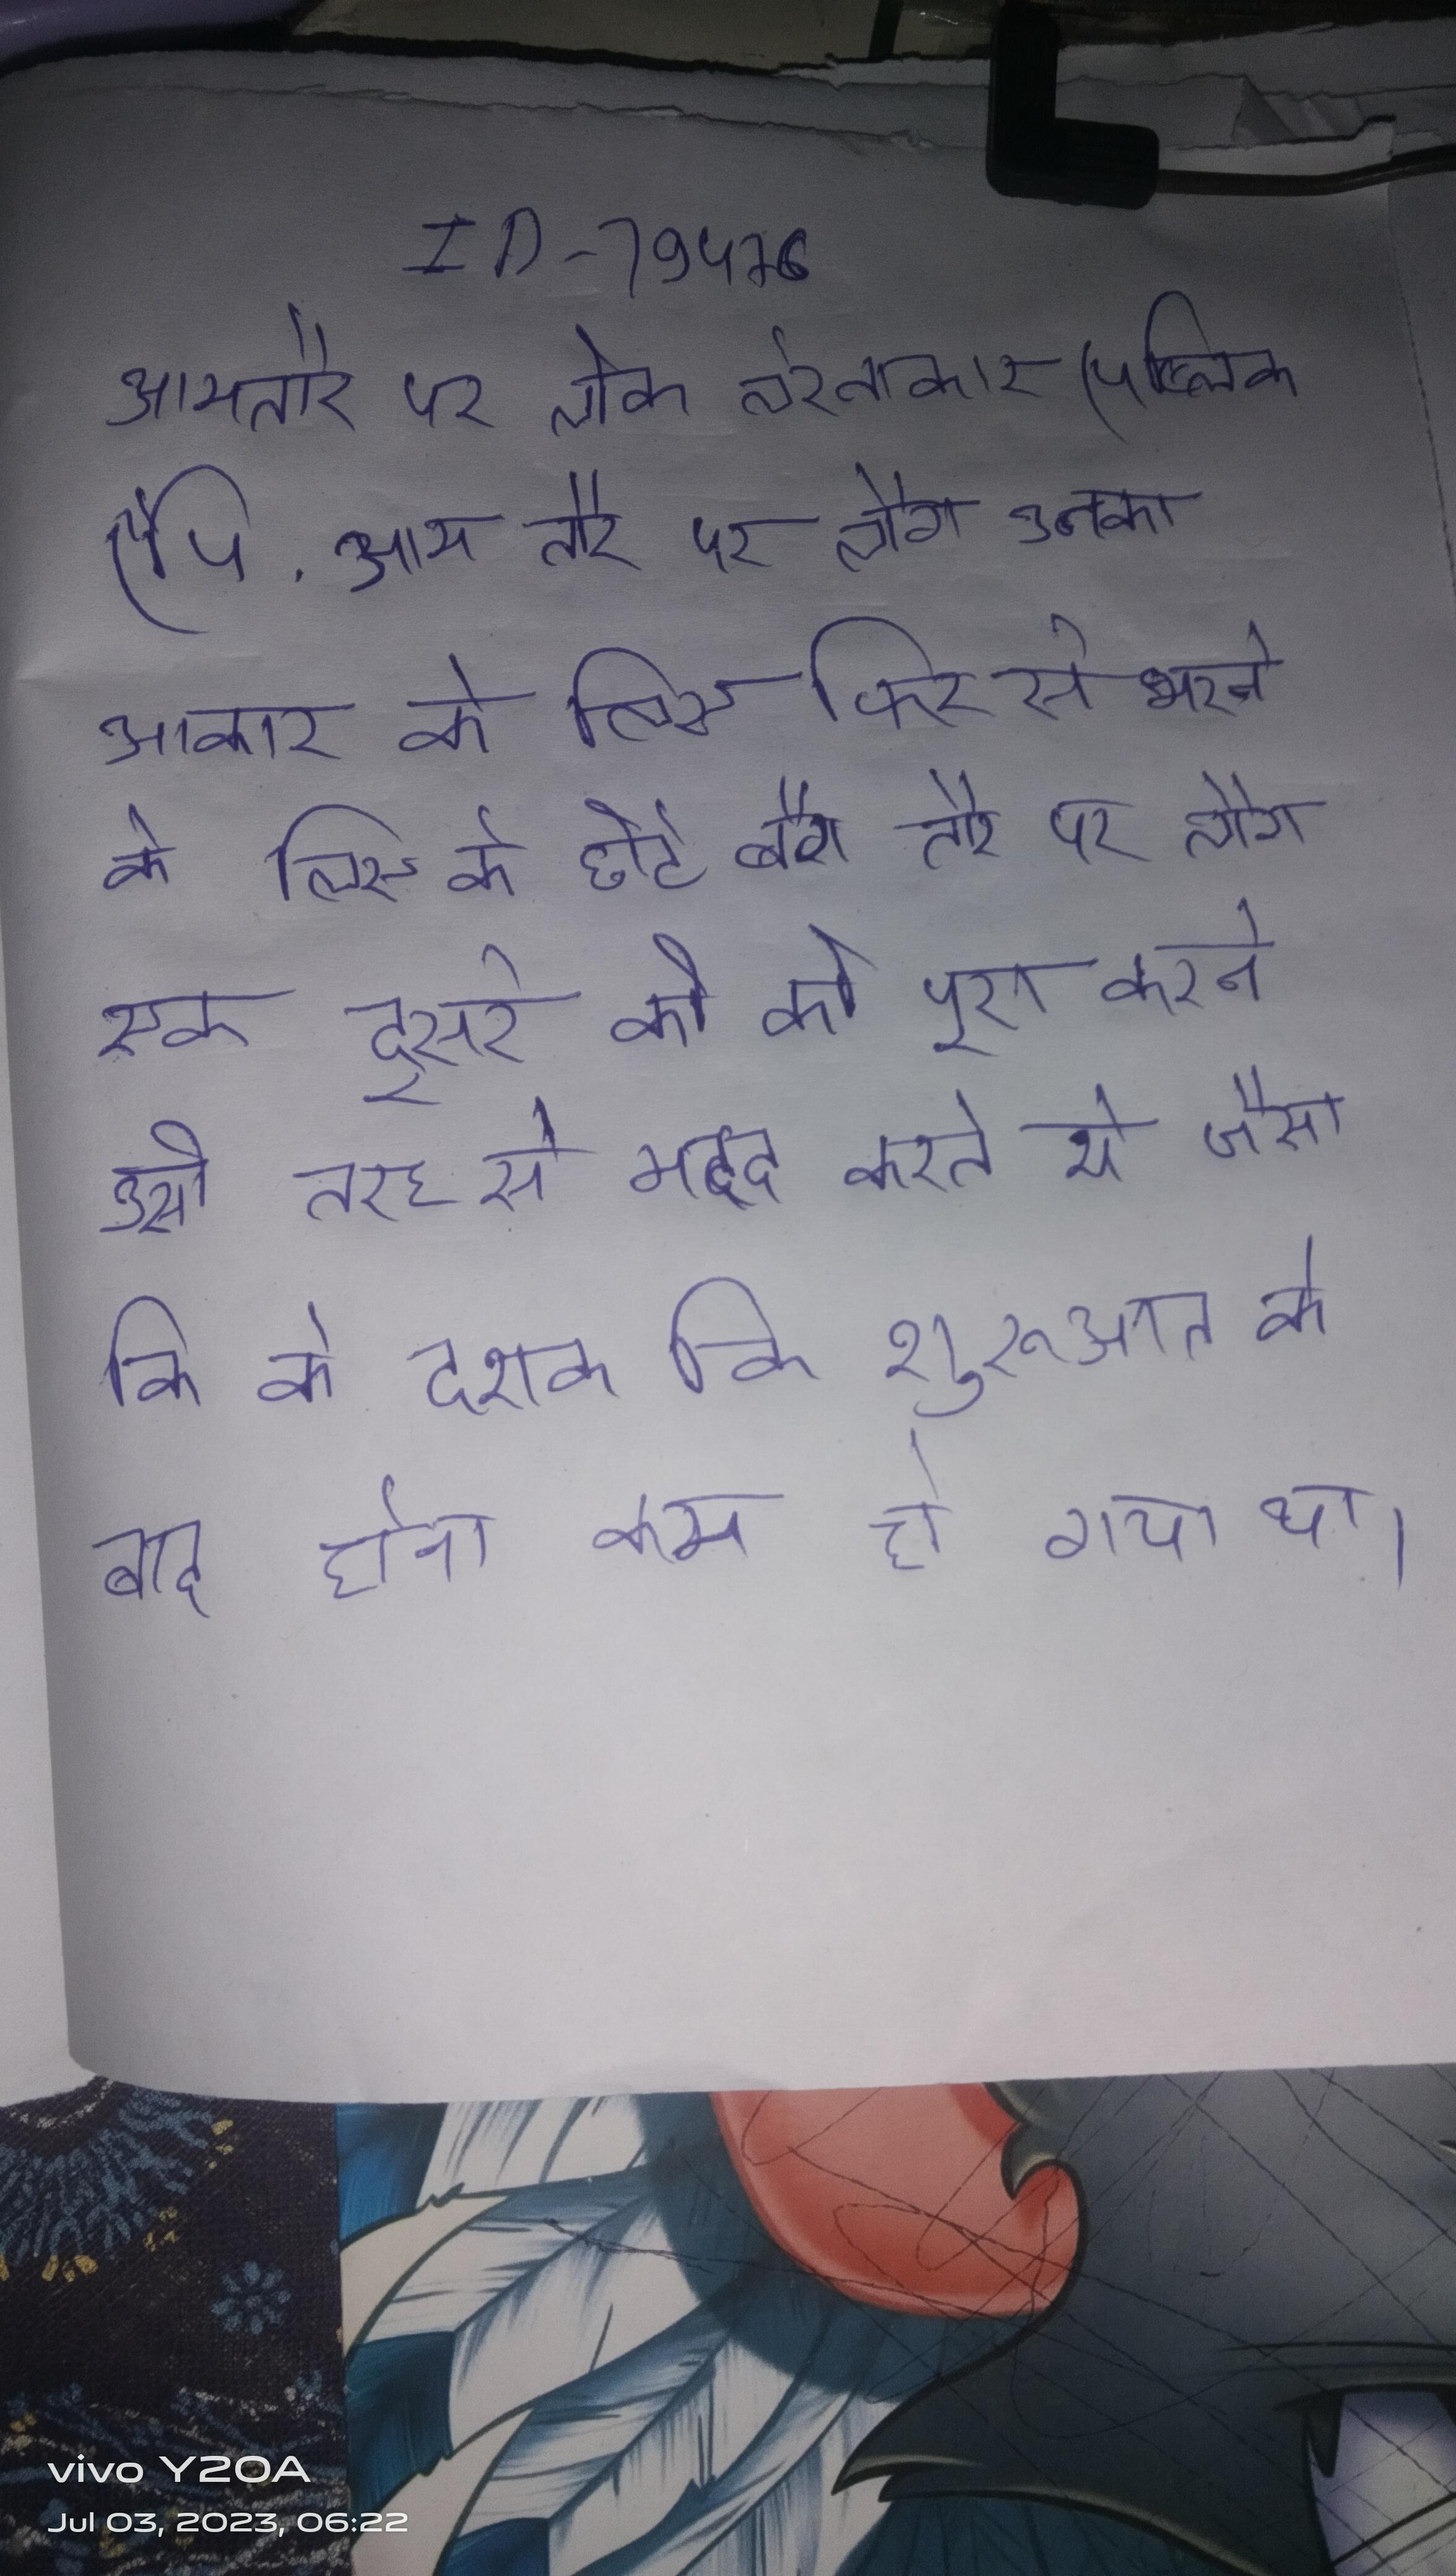
आमतौर पर "लोक लेखाकार" (पब्लिक ("पी . आम तौर पर लोग उनका आकार के लिए फिर से भरने के लिए के छोटे बैग हासिल करते । आम तौर पर लोग एक दूसरे की को पूरा करने उसी तरह से मदद करते थे जैसा कि के दशक की शुरुआत के बाद होना कम हो गया था ।